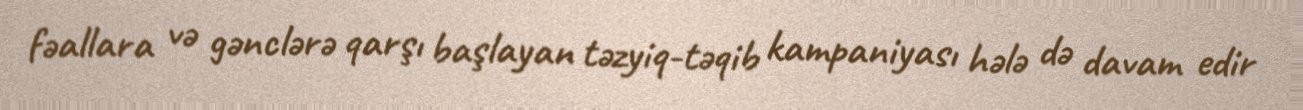
fəallara və gənclərə qarşı başlayan təzyiq-təqib kampaniyası hələ də davam edir